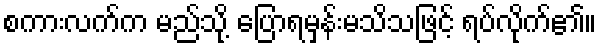
စကားလက်က မည်သို့ ပြောရမှန်းမသိသဖြင့် ရပ်လိုက်၏။